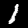
Digit: 1